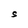
Character: S